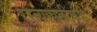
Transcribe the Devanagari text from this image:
रस्त्यापलीकडे